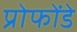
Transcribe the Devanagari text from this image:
प्रोफोंडे